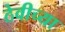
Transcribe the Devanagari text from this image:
ठेवीच्या